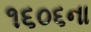
૧૬૦૬ના